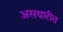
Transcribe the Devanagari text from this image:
असधारीत